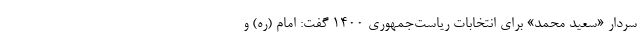
سردار «سعید محمد» برای انتخابات ریاست‌جمهوری ۱۴۰۰ گفت: امام (ره) و